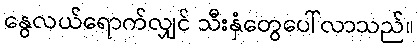
နွေလယ်ရောက်လျှင် သီးနှံတွေပေါ်လာသည်။